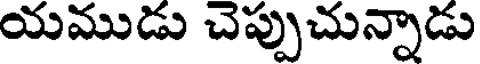
యముడు చెప్పుచున్నాడు